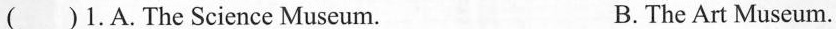
( )1.A.The Science Museum. B. The Art Museum.